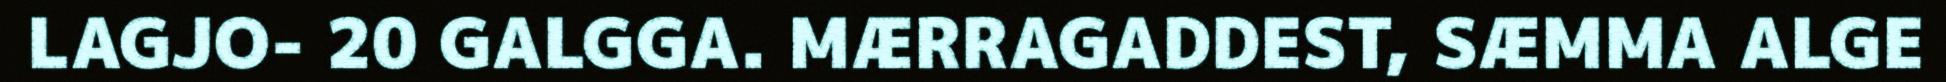
LAGJO- 20 GALGGA. MÆRRAGADDEST, SÆMMA ALGE